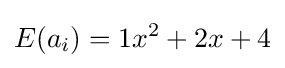
E(a_{i})=1x^{2}+2x+4